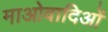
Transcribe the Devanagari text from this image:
माओवादिओं